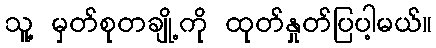
သူ့ မှတ်စုတချို့ကို ထုတ်နှုတ်ပြပါ့မယ်။